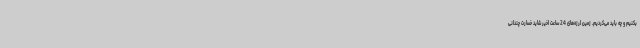
بکنیم و چه باید می‌کردیم. زمین لرزه‌های 24 ساعت اخیر شاید خسارت چندانی